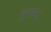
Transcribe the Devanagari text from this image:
सुक्खा